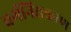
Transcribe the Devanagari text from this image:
वर्गनिराकरण